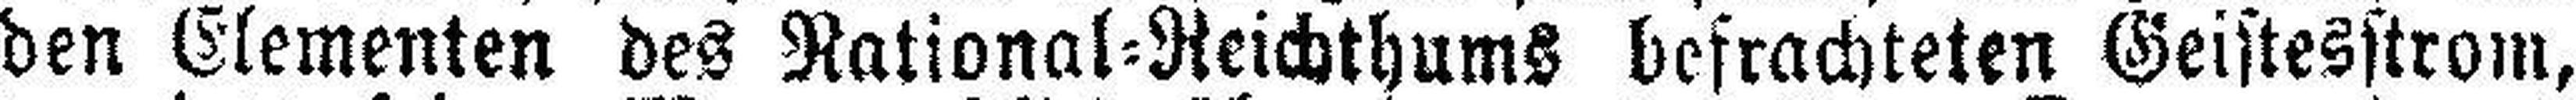
den Elementen des Rational=Reichthums befrachteten Geistesstrom,